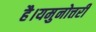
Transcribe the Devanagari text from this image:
है।यमुनोत्तरी